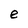
Character: e